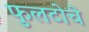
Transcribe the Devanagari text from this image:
फुलटोचे